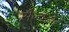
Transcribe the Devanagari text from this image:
सैल्वेडोर